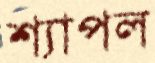
শ্যাপল